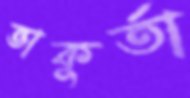
ভাকুর্তা